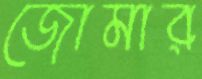
জোমার